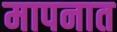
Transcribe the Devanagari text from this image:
मापनात